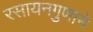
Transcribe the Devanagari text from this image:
रसायनगुणाने